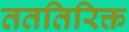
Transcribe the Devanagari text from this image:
तततिरिक्त